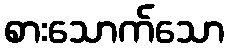
စားသောက်သော